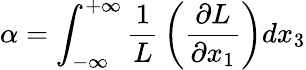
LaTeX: \alpha=\int_{-\infty}^{+\infty}{\frac{1}{L}}\left({\frac{\partial L}{\partial x_{1}}}\right)dx_{3}